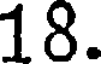
18.